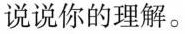
说说你的理解。